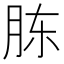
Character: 胨